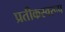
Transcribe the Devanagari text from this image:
प्रतीकस्वरूप